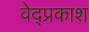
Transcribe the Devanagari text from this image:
वेद्प्रकाश